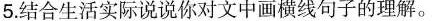
5.结合生活实际说说你对文中画横线句子的理解。